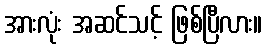
အားလုံး အဆင်သင့် ဖြစ်ပြီလား။